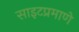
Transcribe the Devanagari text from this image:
साइटप्रमाणे